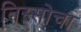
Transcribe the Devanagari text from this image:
तिस्सोचा